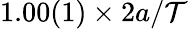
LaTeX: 1.00(1)\times2a/\mathcal{T}